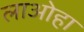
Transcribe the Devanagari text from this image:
लाओहा